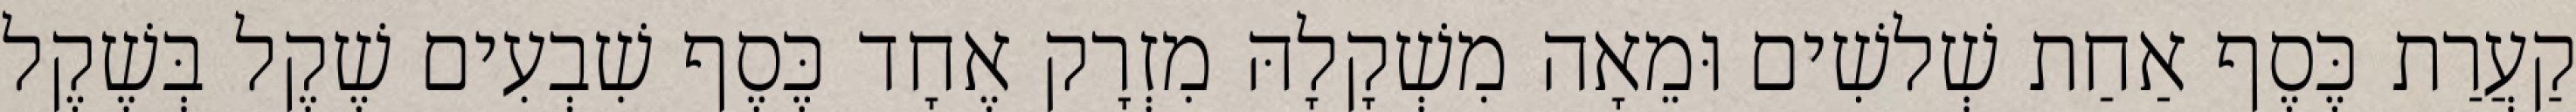
קַעֲרַת כֶּסֶף אַחַת שְׁלשִׁים וּמֵאָה מִשְׁקָלָהּ מִזְרָק אֶחָד כֶּסֶף שִׁבְעִים שֶׁקֶל בְּשֶׁקֶל